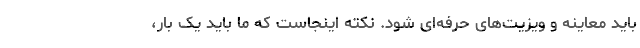
باید معاینه و ویزیت‌های حرفه‌ای شود. نکته اینجاست که ما باید یک بار،